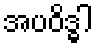
အပဝိဒ္ဓါ